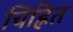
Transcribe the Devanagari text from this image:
चिह्नित